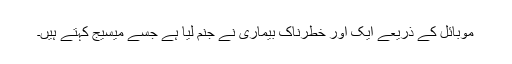
موبائل کے ذریعے ایک اور خطرناک بیماری نے جنم لیا ہے جسے میسیج کہتے ہیں۔